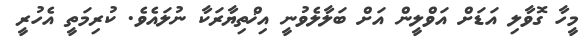
މީހާ ގޮވާލި އަޑަށް އަވްލީން އަށް ބަލާލެވުނީ އިޚްތިޔާރަކާ ނުލައެވެ. ކުރިމަތީ އެހުރީ